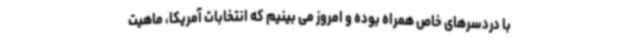
با دردسرهای خاص همراه بوده و امروز می بینیم که انتخابات آمریکا، ماهیت